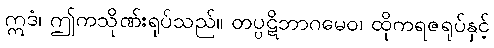
ဣဒံ၊ ဤကသိုဏ်းရုပ်သည်။ တပ္ပဋိဘာဂမေဝ၊ ထိုကရဇရုပ်နှင့်